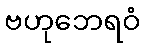
ဗဟုဘေရဝံ